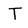
Character: T